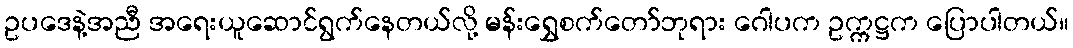
ဥပဒေနဲ့အညီ အရေးယူဆောင်ရွက်နေတယ်လို့ မန်းရွှေစက်တော်ဘုရား ဂေါပက ဥက္ကဋ္ဌက ပြောပါတယ်။